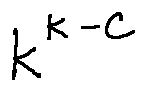
k ^ { k - C }